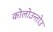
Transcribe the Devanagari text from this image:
कोलोउन्तोउ